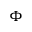
\Phi